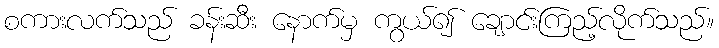
စကားလက်သည် ခန်းဆီး နောက်မှ ကွယ်၍ ချောင်းကြည့်လိုက်သည်။